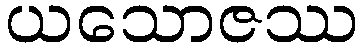
ယသောဇဿ